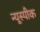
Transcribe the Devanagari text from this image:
न्यूस्पीक